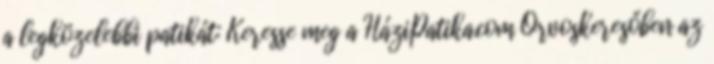
a legközelebbi patikát: Keresse meg a HáziPatika.com Orvoskeresőben az